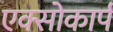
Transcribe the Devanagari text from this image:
एक्सोकार्प